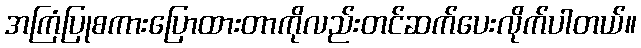
အကြံပြုစကားပြောထားတာကိုလည်းတင်ဆက်ပေးလိုက်ပါတယ်။